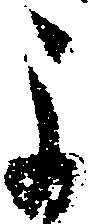
よ